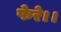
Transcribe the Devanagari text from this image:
फेरे।।